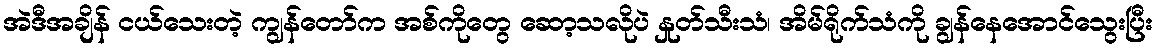
အဲဒီအချိန် ငယ်သေးတဲ့ ကျွန်တော်က အစ်ကိုတွေ ဆော့သလိုပဲ နှုတ်သီးသံ၊ အိမ်ရိုက်သံကို ချွန်နေအောင်သွေးပြီး